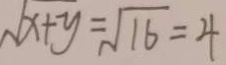
\sqrt { x + y } = \sqrt { 1 6 } = 4